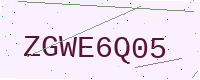
Text: ZGWE6Q05